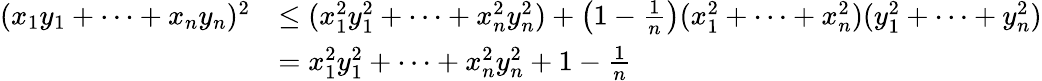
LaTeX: \begin{array}{rl}{(x_{1}y_{1}+\cdots+x_{n}y_{n})^{2}}&{\leq(x_{1}^{2}y_{1}^{2}+\cdots+x_{n}^{2}y_{n}^{2})+\left(1-\frac 1n\right)(x_{1}^{2}+\cdots+x_{n}^{2})(y_{1}^{2}+\cdots+y_{n}^{2})}\\ &{=x_{1}^{2}y_{1}^{2}+\cdots+x_{n}^{2}y_{n}^{2}+1-\frac 1n}\end{array}